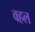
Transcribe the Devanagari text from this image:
वहल